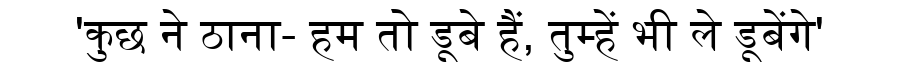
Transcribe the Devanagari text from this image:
'कुछ ने ठाना- हम तो डूबे हैं, तुम्हें भी ले डूबेंगे'